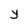
Character: y